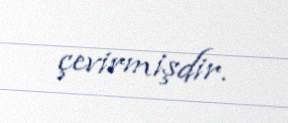
çevirmişdir.